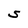
Character: S